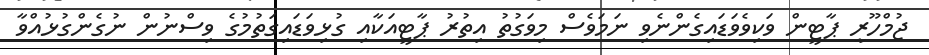
ޖުމްހޫރީ ޕާޓީން ވަކިވެވަޑައިގެންނެވި ނަމަވެސް މިވަގުތު އިތުރު ޕާޓީއަކާއި ގުޅިވަޑައިގަތުމުގެ ވިސްނުން ނުގެންގުޅުއްވާ